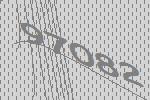
97082